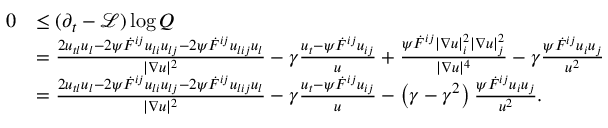
\begin{array} { r l } { 0 } & { \leq ( \partial _ { t } - \mathcal { L } ) \log Q } \\ & { = \frac { 2 u _ { t l } u _ { l } - 2 \psi \dot { F } ^ { i j } u _ { l i } u _ { l j } - 2 \psi \dot { F } ^ { i j } u _ { l i j } u _ { l } } { | \nabla u | ^ { 2 } } - \gamma \frac { u _ { t } - \psi \dot { F } ^ { i j } u _ { i j } } { u } + \frac { \psi \dot { F } ^ { i j } | \nabla u | _ { i } ^ { 2 } | \nabla u | _ { j } ^ { 2 } } { | \nabla u | ^ { 4 } } - \gamma \frac { \psi \dot { F } ^ { i j } u _ { i } u _ { j } } { u ^ { 2 } } } \\ & { = \frac { 2 u _ { t l } u _ { l } - 2 \psi \dot { F } ^ { i j } u _ { l i } u _ { l j } - 2 \psi \dot { F } ^ { i j } u _ { l i j } u _ { l } } { | \nabla u | ^ { 2 } } - \gamma \frac { u _ { t } - \psi \dot { F } ^ { i j } u _ { i j } } { u } - \left( \gamma - \gamma ^ { 2 } \right) \frac { \psi \dot { F } ^ { i j } u _ { i } u _ { j } } { u ^ { 2 } } . } \end{array}